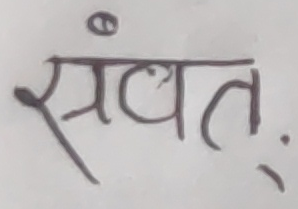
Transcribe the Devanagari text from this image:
संवत्.